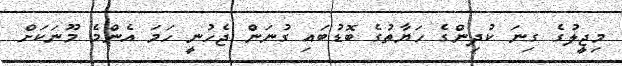
މިޖީލުގެ ގިނަ ކުދިންގެ ހަޔާތުގެ ބޮޑުބައި ގުނަން ޖެހުނީ ހަމަ އެންމެ މޫނަކަށް